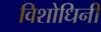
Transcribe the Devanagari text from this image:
विशोधिनी